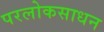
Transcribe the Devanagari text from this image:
परलोकसाधन